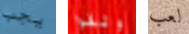
يجب وثقوا لعب